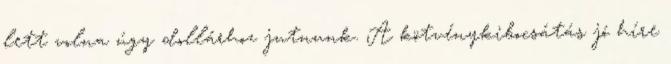
lett volna úgy dollárhoz jutnunk. A kötvénykibocsátás jó híre